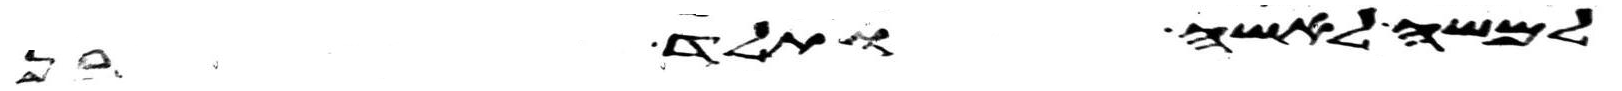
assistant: למשה לאשה ותלד בן